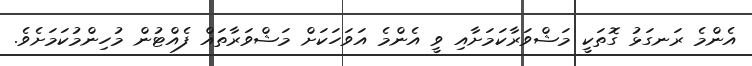
އެންމެ ރަނގަޅު ގޮތަކީ މަޝްވަރާކަމަށާއި ވީ އެންމެ އަވަހަކަށް މަޝްވަރާތައް ފެއްޓުން މުހިންމުކަމަށެވެ.